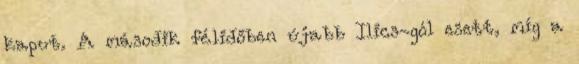
kaput. A második félidőben újabb Ilics-gól esett, míg a